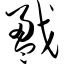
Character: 戤